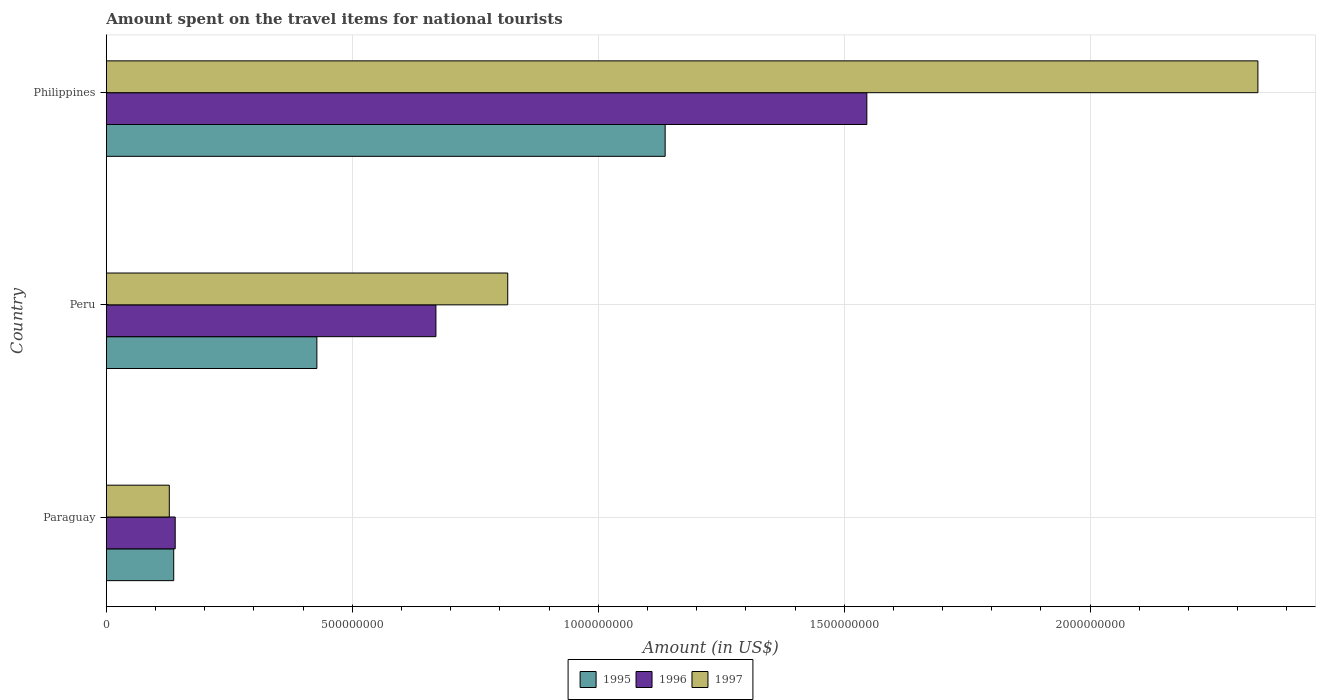
| Country | 1995 | 1996 | 1997 |
 | --- | --- | --- | --- |
 | Paraguay | 1.37e+08 | 1.4e+08 | 1.28e+08 |
 | Peru | 4.28e+08 | 6.7e+08 | 8.16e+08 |
 | Philippines | 1.14e+09 | 1.55e+09 | 2.34e+09 |